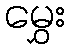
မွှေး